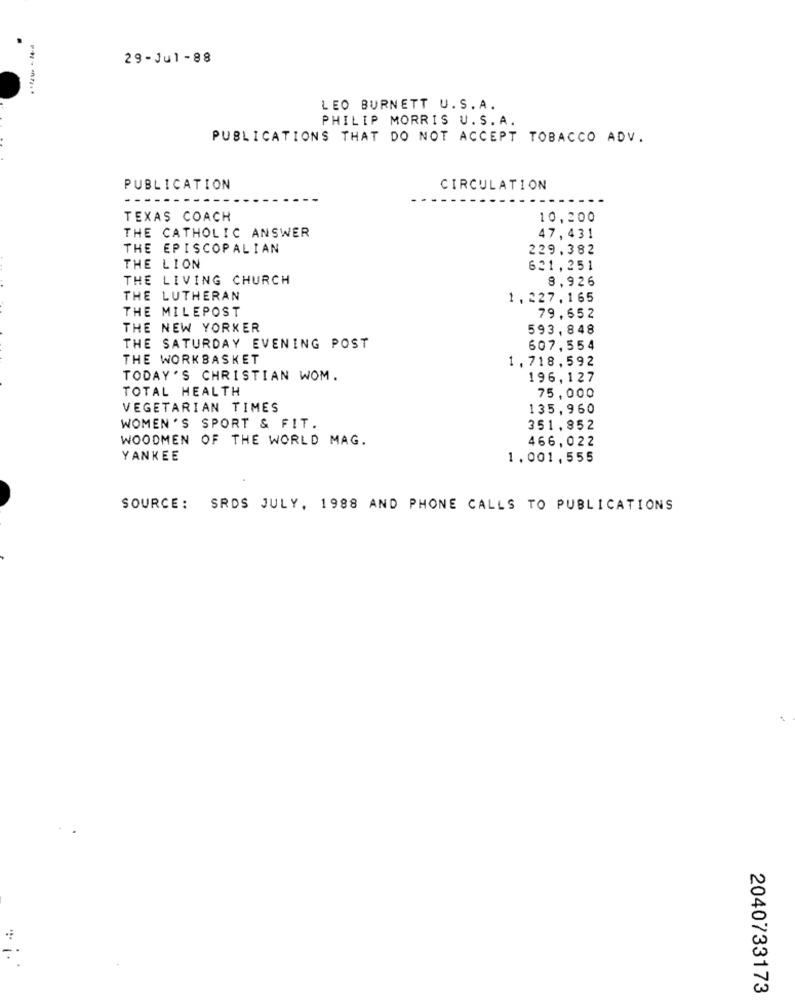
29-Jul-88
LEO BURNETT U.S.A.
PHILIP MORRIS U.S.A.
PUBLICATIONS THAT DO NOT ACCEPT TOBACCO ADV.
PUBLICATION
CIRCULATION
TEXAS COACH
10,200
THE CATHOLIC ANSWER
47,431
THE EPISCOPALIAN
229.382
THE LION
621,251
THE LIVING CHURCH
8,926
THE LUTHERAN
1.227,165
THE MILEPOST
79,652
THE NEW YORKER
593, 848
THE SATURDAY EVENING POST
607,554
THE WORKBASKET
1,718,592
TODAY'S CHRISTIAN WOM.
196,127
TOTAL HEALTH
75,000
VEGETARIAN TIMES
135,960
WOMEN'S SPORT & FIT.
351,852
WOODMEN OF THE WORLD MAG.
466,022
YANKEE
1.001,555
SOURCE: SRDS JULY, 1988 AND PHONE CALLS TO PUBLICATIONS
...
2040733173